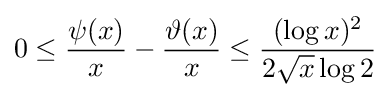
0\leq {\frac {\psi (x)}{x}}-{\frac {\vartheta (x)}{x}}\leq {\frac {(\log x)^{2}}{2{\sqrt {x}}\log 2}}